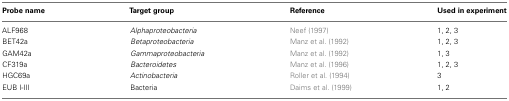
<table><thead><tr><td><b>Probe name</b></td><td><b>Target group</b></td><td><b>Reference</b></td><td><b>Used in experiment</b></td></tr></thead><tbody><tr><td>ALF968</td><td><i>Alphaproteobacteria</i></td><td>Neef (1997)</td><td>1, 2, 3</td></tr><tr><td>BET42a</td><td><i>Betaproteobacteria</i></td><td>Manz et al. (1992)</td><td>1, 2, 3</td></tr><tr><td>GAM42a</td><td><i>Gammaproteobacteria</i></td><td>Manz et al. (1992)</td><td>1, 3</td></tr><tr><td>CF319a</td><td><i>Bacteroidetes</i></td><td>Manz et al. (1996)</td><td>1, 2, 3</td></tr><tr><td>HGC69a</td><td><i>Actinobacteria</i></td><td>Roller et al. (1994)</td><td>3</td></tr><tr><td>EUB I-III</td><td>Bacteria</td><td>Daims et al. (1999)</td><td>1, 2</td></tr></tbody></table>